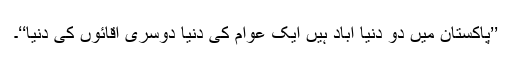
’’پاکستان میں دو دنیا آباد ہیں ایک عوام کی دنیا دوسری آقائوں کی دنیا‘‘۔